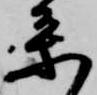
参